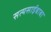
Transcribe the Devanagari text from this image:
सत्यसाईबाबा